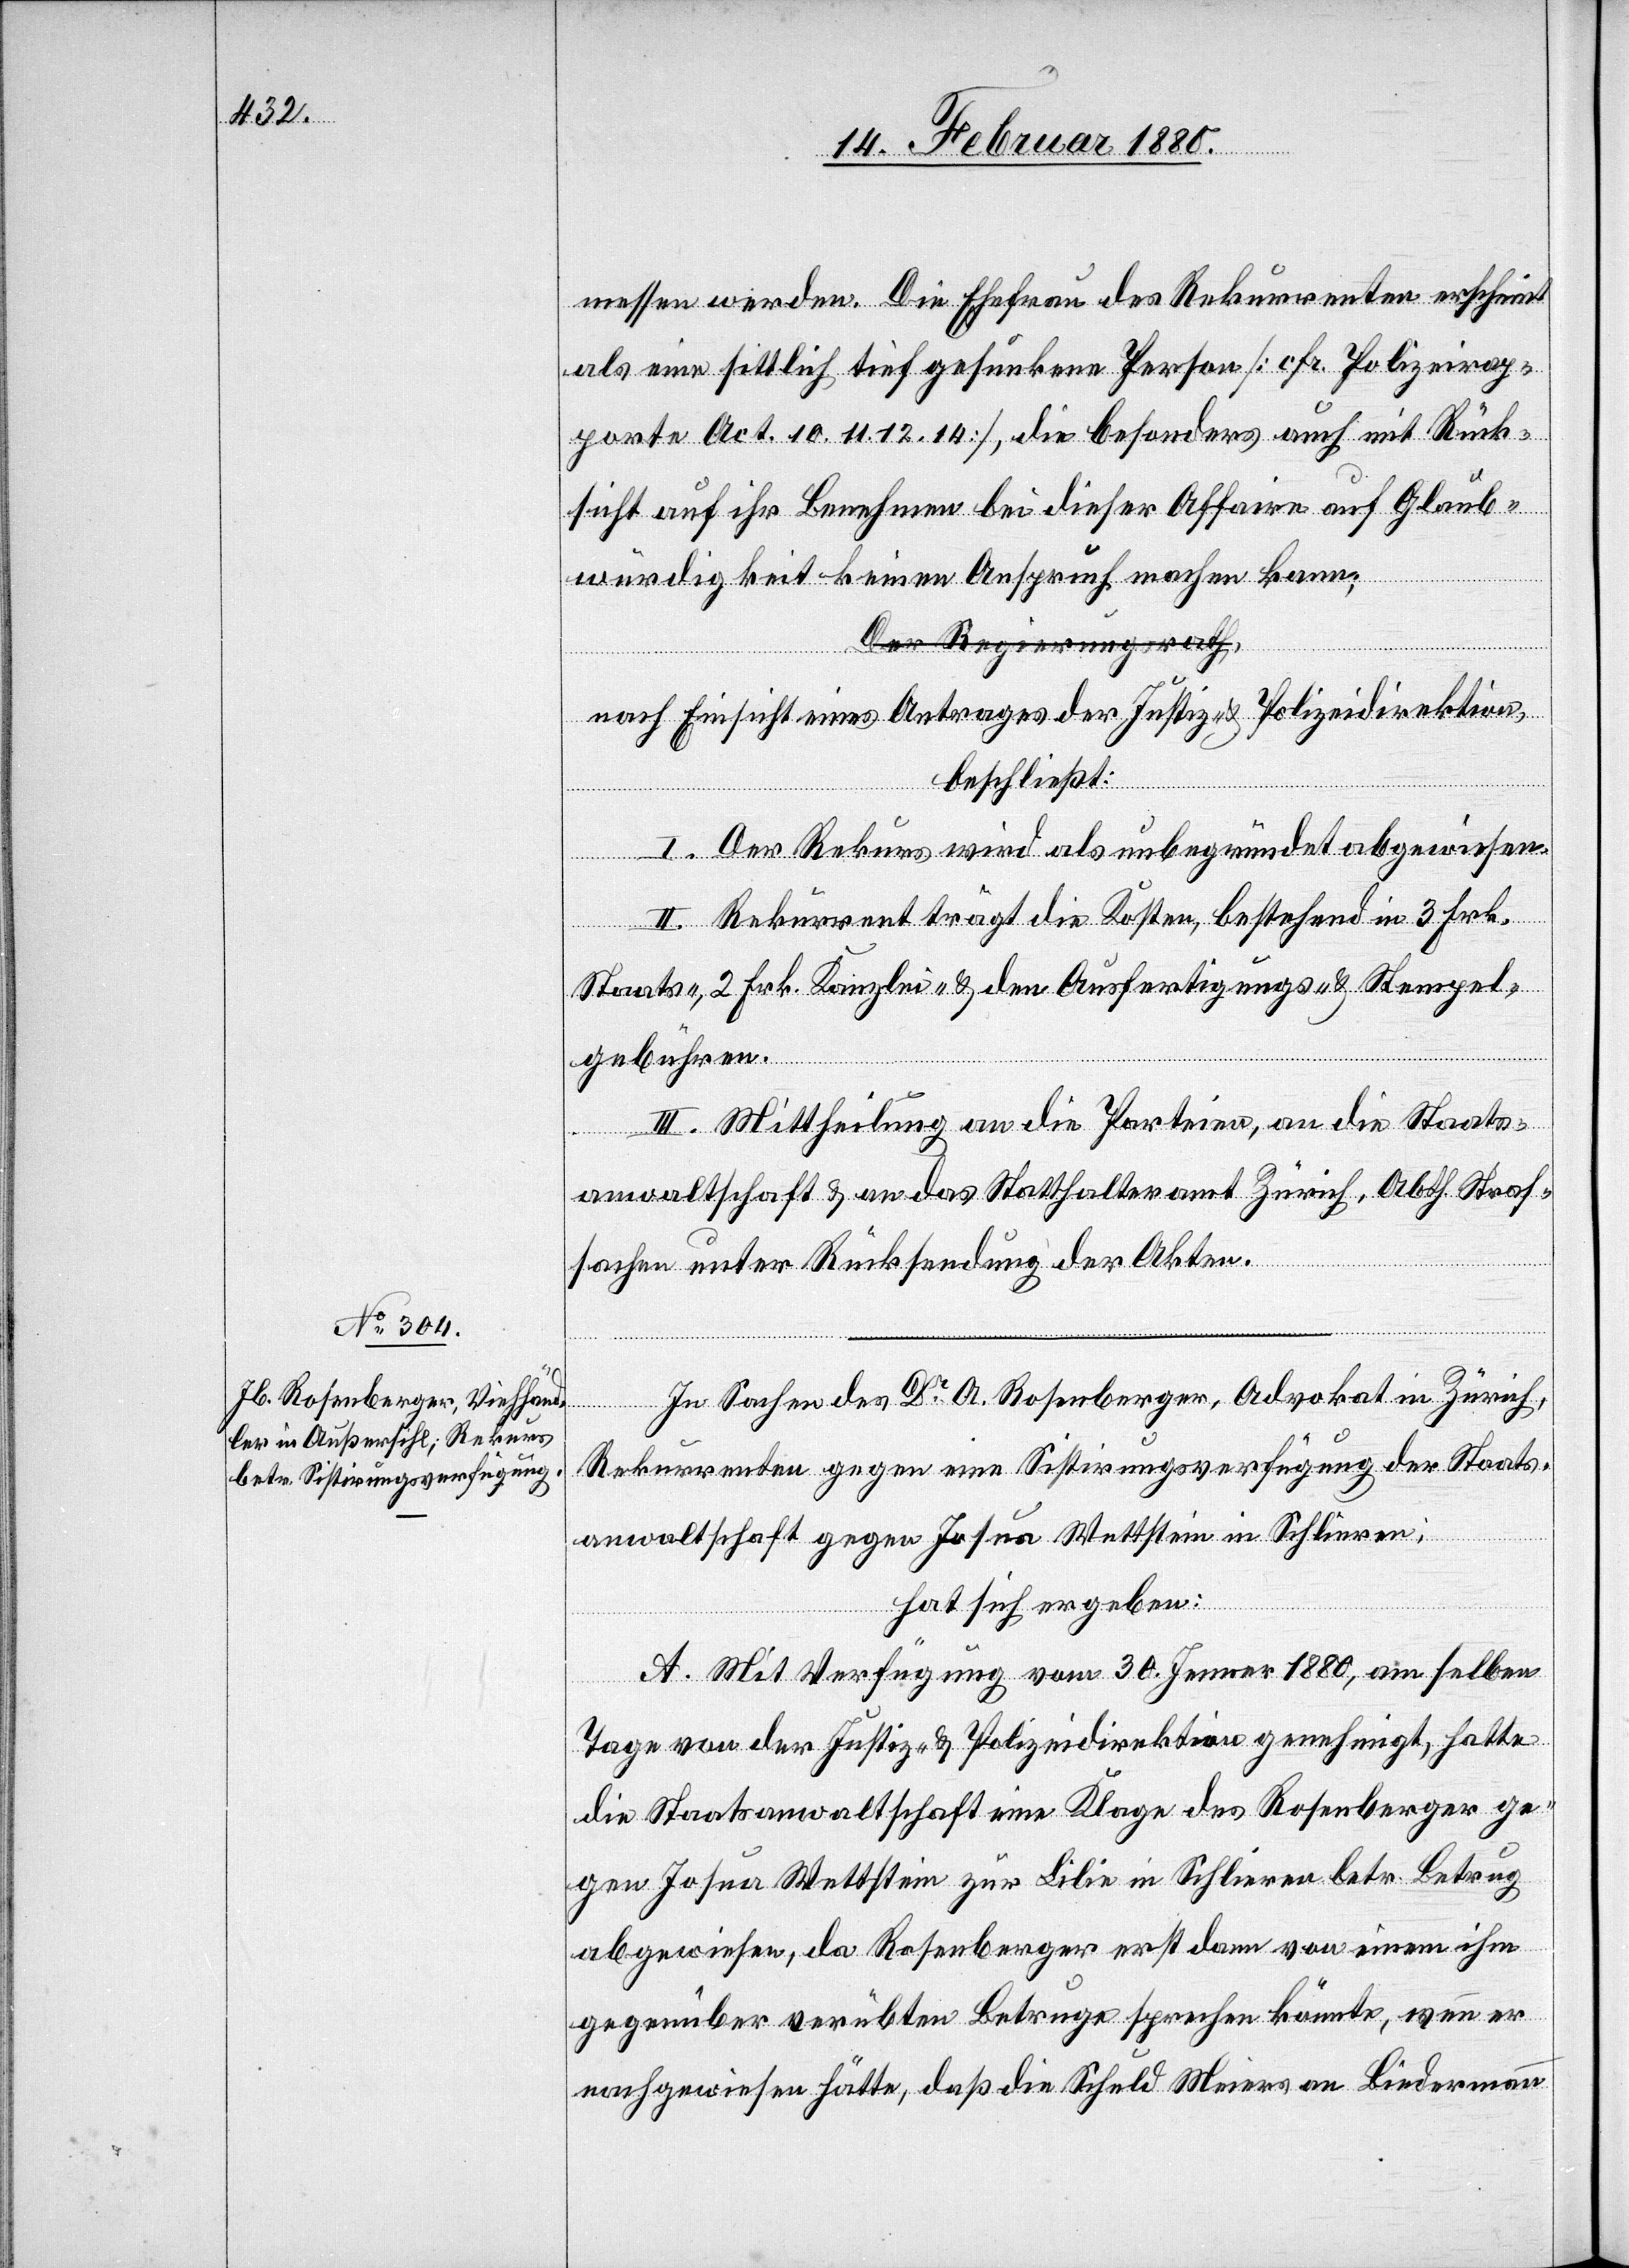
In Sachen des Dr A. Rosenberger, Advokat in Zürich,
Rekurrenten gegen eine Sistirungsverfügung der Staats¬
anwaltschaft gegen Josua Wettstein in Schlieren;
hat sich ergeben:
A. Mit Verfügung vom 30. Jenner 1880, am selben
Tage von der Justiz- & Polizeidirektion genehmigt, hatte
die Staatsanwaltschaft eine Klage des Rosenberger ge¬
gen Josua Wettstein zur Lilie in Schlieren betr. Betrug
abgewiesen, da Rosenberger erst dann von einem ihm
gegenüber verübten Betruge sprechen könnte, wenn er
nachgewiesen hätte, daß die Schuld Meiers an Biedermann